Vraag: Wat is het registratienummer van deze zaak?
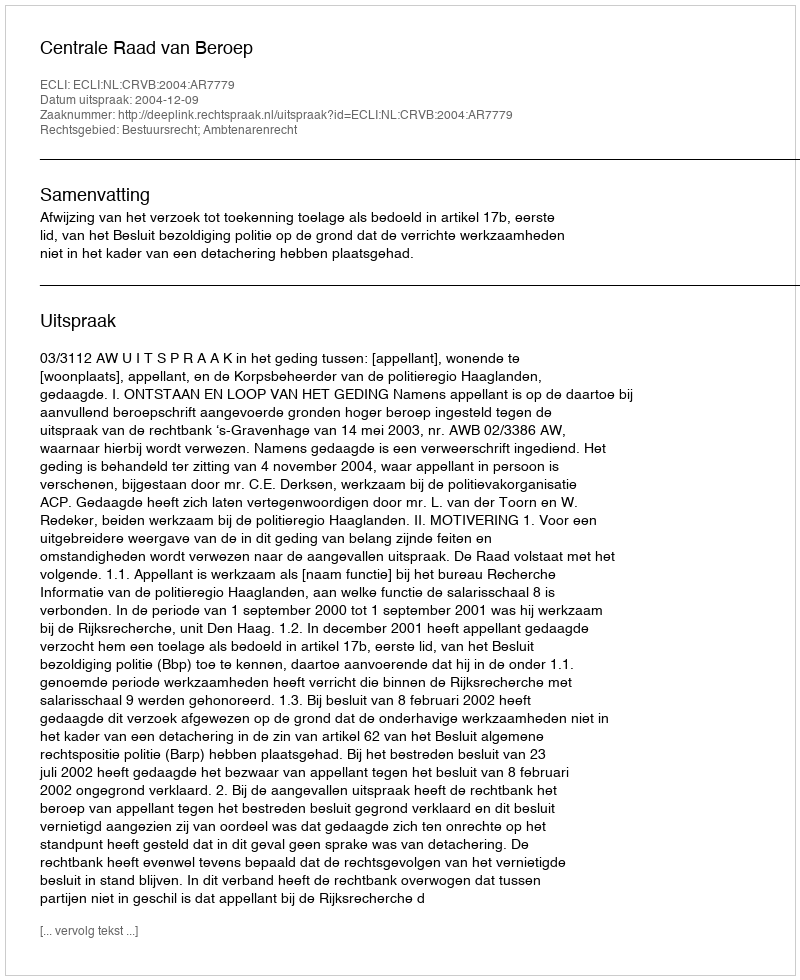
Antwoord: http://deeplink.rechtspraak.nl/uitspraak?id=ECLI:NL:CRVB:2004:AR7779